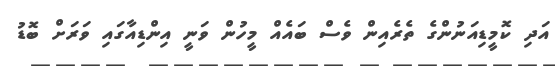
އަދި ކޮމީޑިއަނުންގެ ތެރެއިން ވެސް ބައެއް މީހުން ވަނީ އިންޑިއާގައި ވަރަށް ބޮޑު